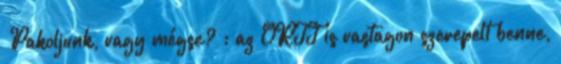
„Pakoljunk, vagy mégse?”; az ORTT is vastagon szerepelt benne,